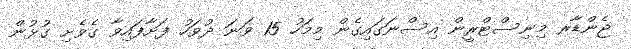
ޖެންޑާރ މިނިސްޓްރީން އިސްނަގައިގެން މިމަހު 15 ވަނަ ދުވަހު ފަށާފައިވާ ގެވެށި ގުޅުން